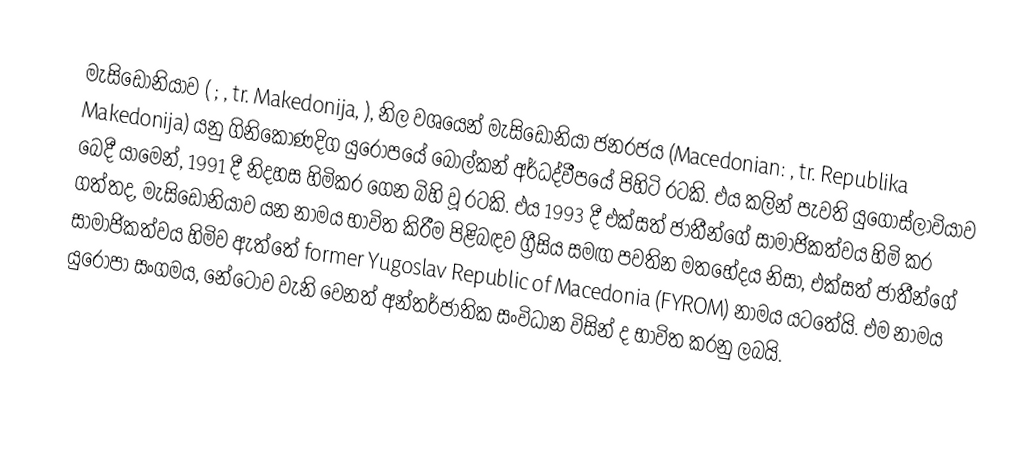
මැසිඩෝනියාව ( ; , tr. Makedonija, ), නිල වශයෙන් මැසිඩෝනියා ජනරජය (Macedonian: , tr. Republika Makedonija) යනු ගිනිකොණදිග යුරෝපයේ බෝල්කන් අර්ධද්වීපයේ පිහිටි රටකි. එය කලින් පැවති යුගෝස්ලාවියාව බෙදී යාමෙන්, 1991 දී නිදහස හිමිකර ගෙන බිහි වූ රටකි. එය 1993 දී  එක්සත් ජාතීන්ගේ සාමාජිකත්වය හිමි කර ගත්තද, මැසිඩෝනියාව යන නාමය භාවිත කිරීම පිළිබඳව ග්‍රීසිය සමඟ පවතින මතභේදය නිසා, එක්සත් ජාතීන්ගේ සාමාජිකත්වය හිමිව ඇත්තේ former Yugoslav Republic of Macedonia (FYROM) නාමය යටතේයි. එම නාමය යුරෝපා සංගමය, නේටෝව වැනි වෙනත් අන්තර්ජාතික සංවිධාන විසින් ද භාවිත කරනු ලබයි.